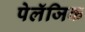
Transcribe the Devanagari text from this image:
पेलॅजिक